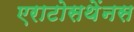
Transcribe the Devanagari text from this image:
एराटोसथेंनस